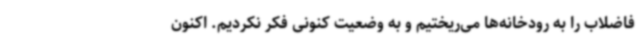
فاضلاب را به رودخانه‌ها می‌ریختیم و به وضعیت کنونی فکر نکردیم. اکنون